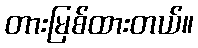
တားမြစ်ထားတယ်။